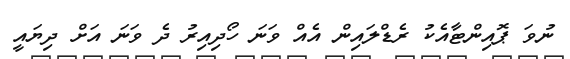
ނުވަ ޕޮއިންޓާއެކު ރެޑްލައިން އެއް ވަނަ ހޯދިއިރު ދެ ވަނަ އަށް ދިޔައީ